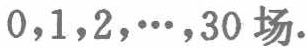
\(0,1,2,\cdots,30\)场.